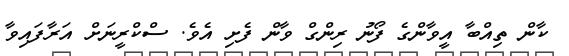
ކާން ތިއްބާ އީވާންގެ ފޯނު ރިންގް ވާން ފެށި އެވެ. ސްކްރީނަށް އަރާފައިވާ